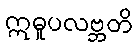
ဣဓူပလဗ္ဘတိ